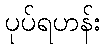
ပုပ်ရဟန်း